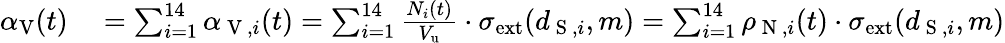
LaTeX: \begin{array}{rl}{\alpha_{\mathrm{V}}(t)}&{{}=\sum_{i=1}^{14}\alpha_{\mathrm{~V~},i}(t)=\sum_{i=1}^{14}\frac{N_{i}(t)}{V_{\mathrm{u}}}\cdot\sigma_{\mathrm{ext}}(d_{\mathrm{~S~},i},m)=\sum_{i=1}^{14}\rho_{\mathrm{~N~},i}(t)\cdot\sigma_{\mathrm{ext}}(d_{\mathrm{~S~},i},m)}\end{array}